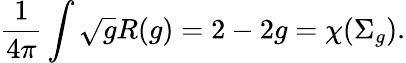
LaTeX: \frac{1}{4\pi}\int\sqrt{g}R(g)=2-2g=\chi(\Sigma_{g}).